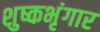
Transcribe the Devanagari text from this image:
शुष्कभृंगार